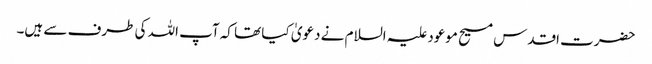
حضرت اقدس مسیح موعود علیہ السلام نے دعویٰ کیا تھا کہ آپ اللہ کی طرف سے ہیں۔